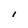
Character: 1